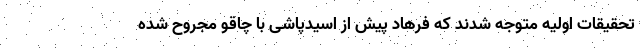
تحقیقات اولیه متوجه شدند که فرهاد پیش از اسیدپاشی با چاقو مجروح شده